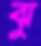
ঝু